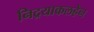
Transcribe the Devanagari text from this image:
निद्रयाकलहेन